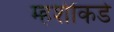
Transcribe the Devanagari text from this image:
म्हशींकडे